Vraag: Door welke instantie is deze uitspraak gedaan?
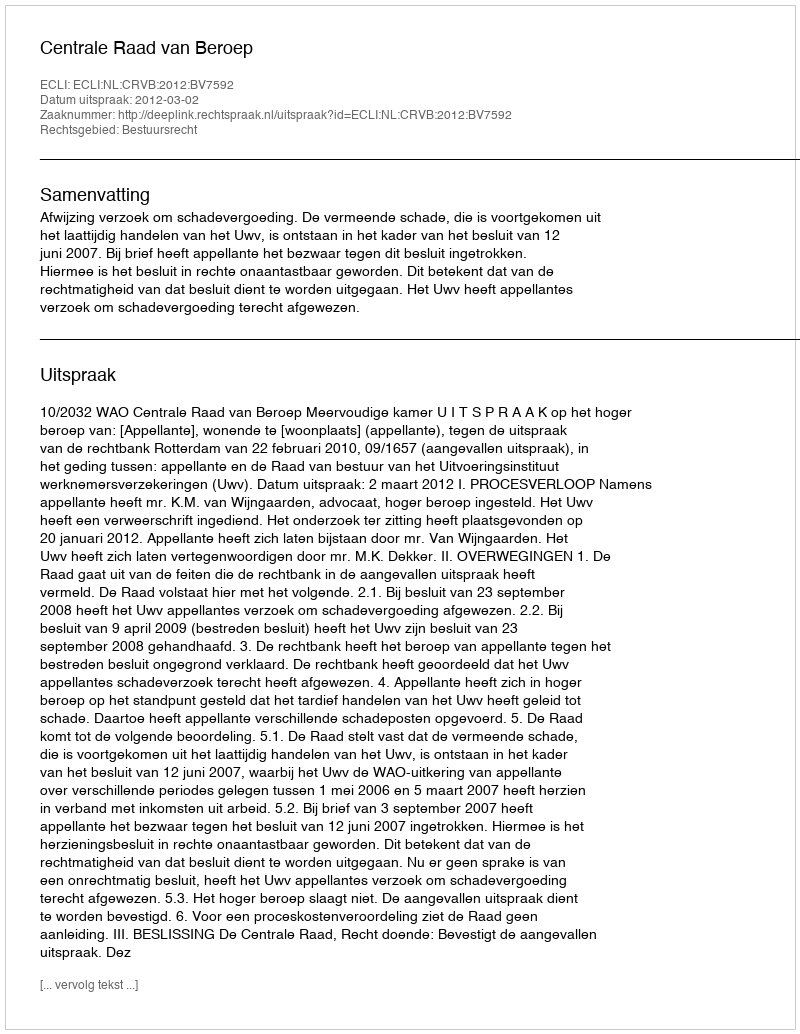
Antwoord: Centrale Raad van Beroep